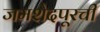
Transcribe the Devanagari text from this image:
जमशेदपूरची